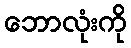
ဘောလုံးကို